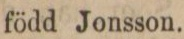
född Jonsson.